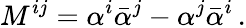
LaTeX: M^{ij}=\alpha^{i}\bar{\alpha}^{j}-\alpha^{j}\bar{\alpha}^{i}\, .